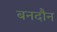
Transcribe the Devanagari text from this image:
बनदौन